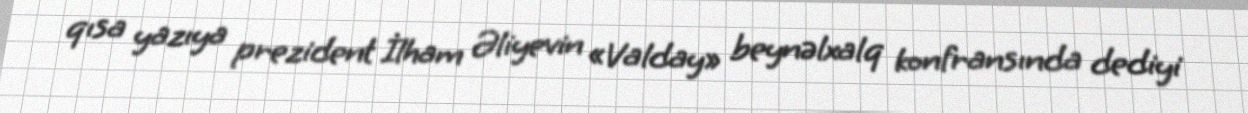
qısa yazıya prezident İlham Əliyevin «Valday» beynəlxalq konfransında dediyi